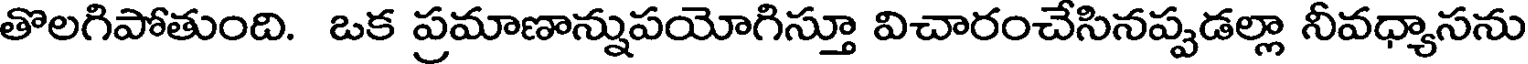
తొలగిపోతుంది. ఒక ప్రమాణాన్నుపయోగిస్తూ విచారంచేసినప్పడల్లా నీవధ్యాసను